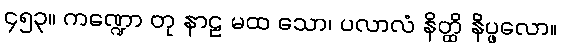
၄၅၃။ ကဏ္ဍော တု နာဠ မထ သော၊ ပလာလံ နိတ္ထိ နိပ္ဖလော။